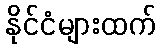
နိုင်ငံများထက်